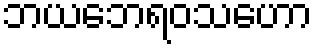
ဘယဘေရဝသဟော